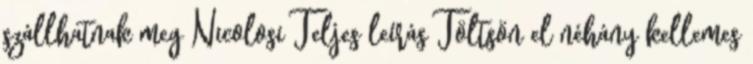
szállhatnak meg Nicolosi Teljes leírás Töltsön el néhány kellemes